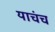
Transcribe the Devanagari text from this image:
याचंच